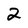
Character: 2